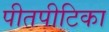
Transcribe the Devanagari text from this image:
पीतपीटिका